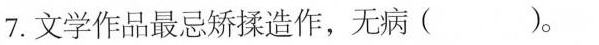
7.文学作品最忌矫揉造作，无病( )。